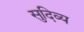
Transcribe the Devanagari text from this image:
सुदिव्य